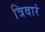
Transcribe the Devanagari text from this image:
त्रिवारं